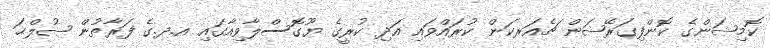
ކޮމިޝަންގެ ކޮންފިގަރޭޝަން ޗެއަރކަން ކުރައްވައި އަދި ކުރީގެ ޔޫގޮސްލާވިއާގައި އ.ދ.ގެ ފަރާތުން ޞުލްޙަ